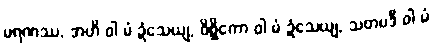
မရဏဿ, အဟိ ဝါ မံ ဍံသေယျ, ဝိစ္ဆိကော ဝါ မံ ဍံသေယျ, သတပဒီ ဝါ မံ